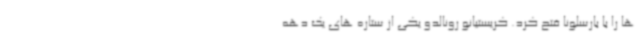
ها را با بارسلونا فتح کرد. کریستیانو رونالدو یکی از ستاره های یک دهه